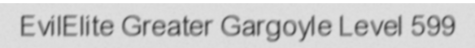
EvilElite Greater Gargoyle Level 599